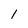
Character: 1